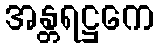
အန္တရဋ္ဌကေ